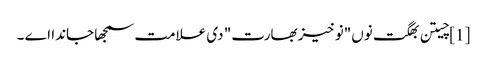
[1] چیتن بھگت نوں"نوخیز بھارت" دی علامت سمجھا جاندا اے ۔